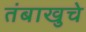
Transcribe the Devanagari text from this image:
तंबाखुचे